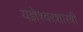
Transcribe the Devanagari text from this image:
यज्ञेश्वरशास्त्री